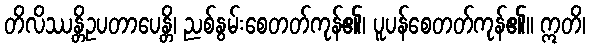
တိလိဿန္တိဥပတာပေန္တိ၊ ညစ်နွမ်းစေတတ်ကုန်၏၊ ပူပန်စေတတ်ကုန်၏။ ဣတိ၊